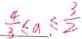
\frac { 4 } { 3 } \leq a \leq \frac { 3 } { 2 }